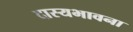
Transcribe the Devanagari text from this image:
दास्यभावना